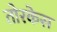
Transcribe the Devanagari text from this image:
तोरकेस